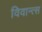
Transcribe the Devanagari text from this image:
विवान्त्स